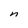
Character: n